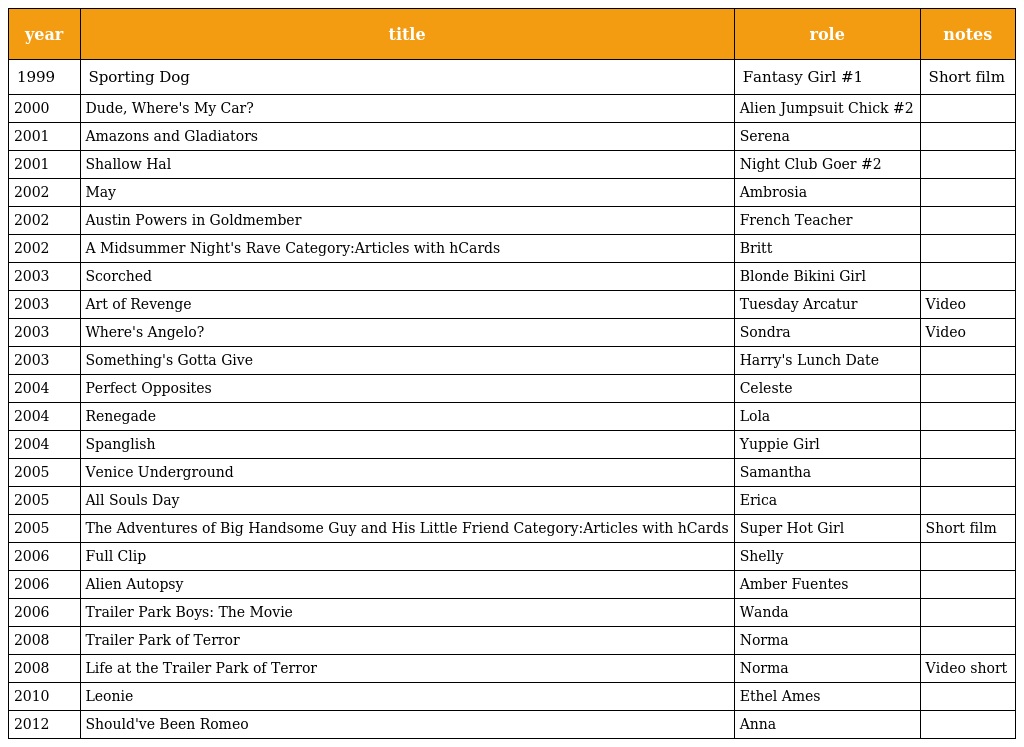
| year | title | role | notes |
 | --- | --- | --- | --- |
 | 1999 | Sporting Dog | Fantasy Girl #1 | Short film |
 | 2000 | Dude, Where's My Car? | Alien Jumpsuit Chick #2 |  |
 | 2001 | Amazons and Gladiators | Serena |  |
 | 2001 | Shallow Hal | Night Club Goer #2 |  |
 | 2002 | May | Ambrosia |  |
 | 2002 | Austin Powers in Goldmember | French Teacher |  |
 | 2002 | A Midsummer Night's Rave Category:Articles with hCards | Britt |  |
 | 2003 | Scorched | Blonde Bikini Girl |  |
 | 2003 | Art of Revenge | Tuesday Arcatur | Video |
 | 2003 | Where's Angelo? | Sondra | Video |
 | 2003 | Something's Gotta Give | Harry's Lunch Date |  |
 | 2004 | Perfect Opposites | Celeste |  |
 | 2004 | Renegade | Lola |  |
 | 2004 | Spanglish | Yuppie Girl |  |
 | 2005 | Venice Underground | Samantha |  |
 | 2005 | All Souls Day | Erica |  |
 | 2005 | The Adventures of Big Handsome Guy and His Little Friend Category:Articles with hCards | Super Hot Girl | Short film |
 | 2006 | Full Clip | Shelly |  |
 | 2006 | Alien Autopsy | Amber Fuentes |  |
 | 2006 | Trailer Park Boys: The Movie | Wanda |  |
 | 2008 | Trailer Park of Terror | Norma |  |
 | 2008 | Life at the Trailer Park of Terror | Norma | Video short |
 | 2010 | Leonie | Ethel Ames |  |
 | 2012 | Should've Been Romeo | Anna |  |